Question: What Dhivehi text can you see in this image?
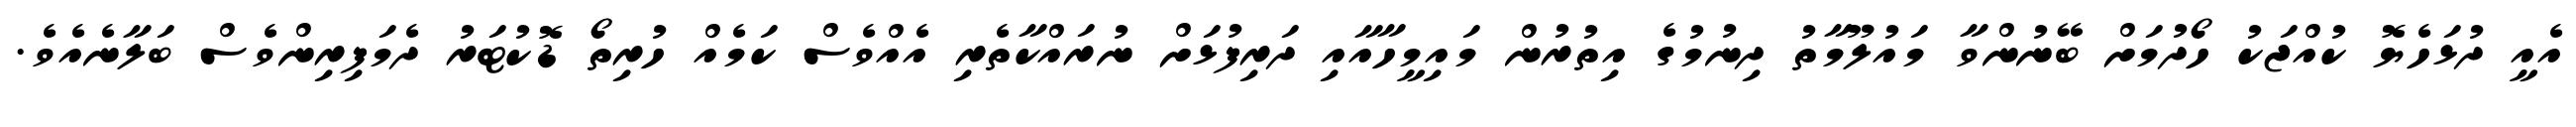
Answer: އެއީ ދުޅަހެޔޮ ކުއްޖަކު ހޯދުމަށް ބޭނުންވާ މައުލޫމާތު ދިނުމުގެ އިތުރުން މައިމީހާއާއި ދަރިފުޅަށް ނުރައްކާތެރި އެއްވެސް ކަމެއް ހުރިތޯ ޑޮކުޓަރު ދެމަފިރިންވެސް ބަލާނެއެވެ.